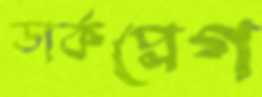
ডার্কপ্লেগ